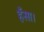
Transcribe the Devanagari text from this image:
हँसा।